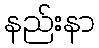
နည်းနာ